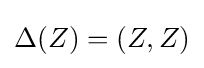
\Delta (Z)=(Z,Z)